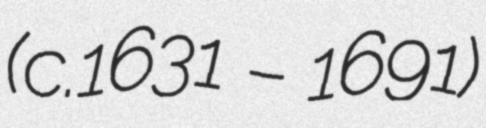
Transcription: (c.1631 – 1691)